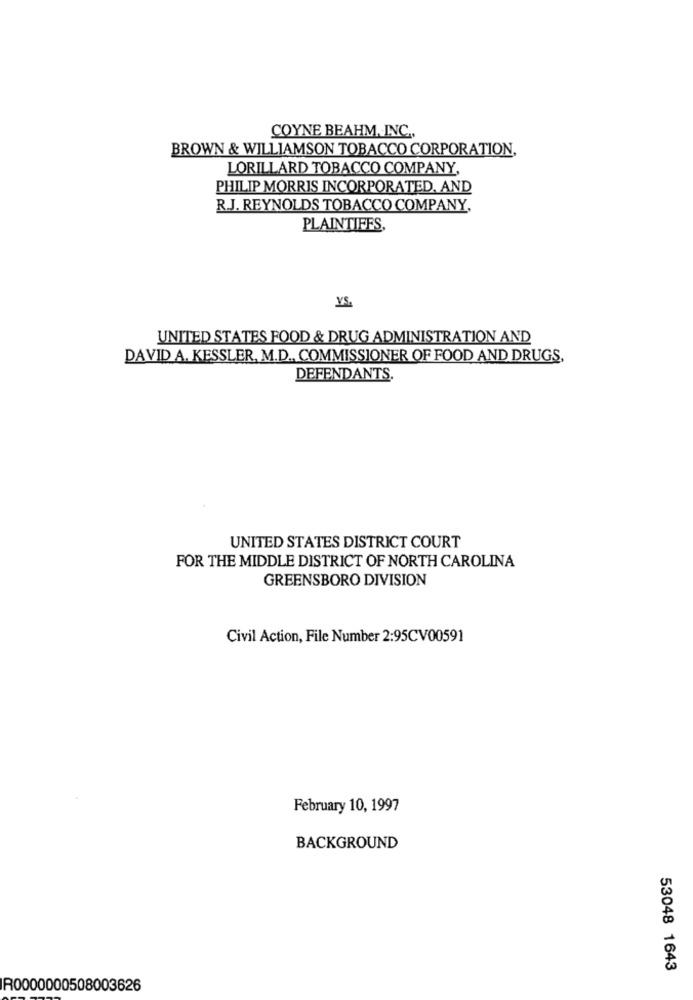
COYNE BEAHM, INC .,
BROWN & WILLIAMSON TOBACCO CORPORATION,
LORILLARD TOBACCO COMPANY,
PHILIP MORRIS INCORPORATED, AND
R.J. REYNOLDS TOBACCO COMPANY,
PLAINTIFFS,
YS.
UNITED STATES FOOD & DRUG ADMINISTRATION AND
DAVID A. KESSLER, M.D ., COMMISSIONER OF FOOD AND DRUGS,
DEFENDANTS.
UNITED STATES DISTRICT COURT
FOR THE MIDDLE DISTRICT OF NORTH CAROLINA
GREENSBORO DIVISION
Civil Action, File Number 2:95CV00591
February 10, 1997
BACKGROUND
53048 1643
R0000000508003626